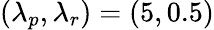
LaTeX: \left(\lambda_{p},\lambda_{r}\right)=\left(5,0.5\right)